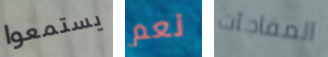
يستمعوا نعم المفاجآت